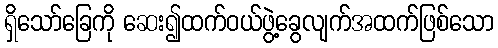
ရှိသော်ခြေကို ဆေး၍ထက်ဝယ်ဖွဲ့ခွေလျက်အထက်ဖြစ်သော